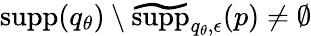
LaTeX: \textrm{supp}(q_{\theta})\setminus\widetilde{\textrm{supp}}_{q_{\theta},\epsilon}(p)\ne\emptyset